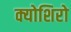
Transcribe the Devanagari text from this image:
क्योशिरो